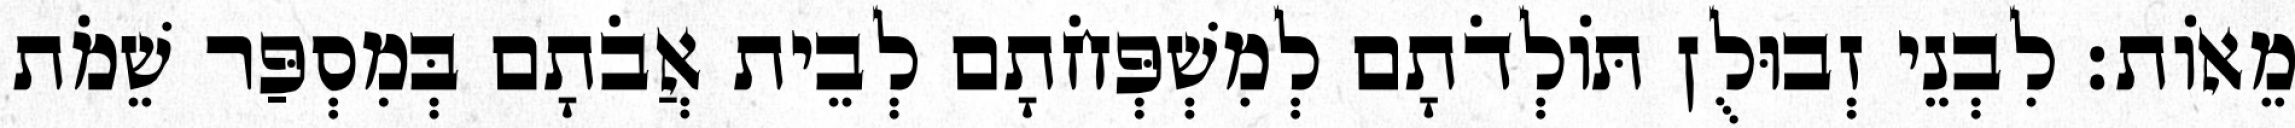
מֵאוֹת׃ לִבְנֵי זְבוּלֻן תּוֹלְדֹתָם לְמִשְׁפְּחֹתָם לְבֵית אֲבֹתָם בְּמִסְפַּר שֵׁמֹת